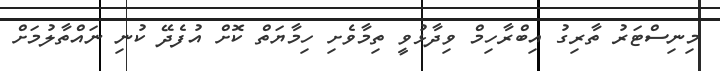
މިނިސްޓަރު ތާރިގު އިބްރާހިމް ވިދާޅުވީ ތިމާވެށި ހިމާޔަތް ކޮށް އުފެދޭ ކުނި ނައްތާލުމަށް